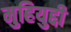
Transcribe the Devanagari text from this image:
मुहियुद्दी